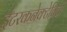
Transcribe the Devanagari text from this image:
इंटरकनेक्टेविटी